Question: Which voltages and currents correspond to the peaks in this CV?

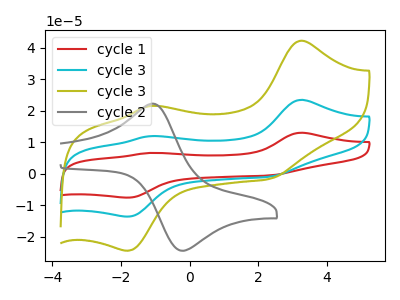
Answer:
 <answer>The red curve "cycle 1" has anodic peaks at (3.25V, 47.00uA) (-1.15V, 23.95uA) and cathodic peaks at (2.35V, -1.75uA) (-1.80V, -27.15uA). The cyan curve "cycle 3" has anodic peaks at (3.25V, 23.50uA) (-1.15V, 12.00uA) and cathodic peaks at (2.35V, -0.90uA) (-1.80V, -13.55uA). The olive curve "cycle 3" has anodic peaks at (3.25V, 42.25uA) (-1.15V, 21.55uA) and cathodic peaks at (2.35V, -1.60uA) (-1.80V, -24.40uA). The gray curve "cycle 2" has an anodic peak at (-1.00V, 22.10uA) and a cathodic peak at (-0.15V, -24.35uA).</answer>
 <eval></eval>